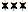
***